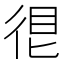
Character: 𢓼